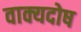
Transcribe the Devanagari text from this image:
वाक्यदोष